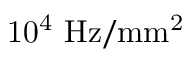
\mathrm { 1 0 ^ { 4 } ~ H z / m m ^ { 2 } }